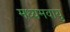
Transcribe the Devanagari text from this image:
मध्यमवायु